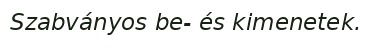
Szabványos be- és kimenetek.